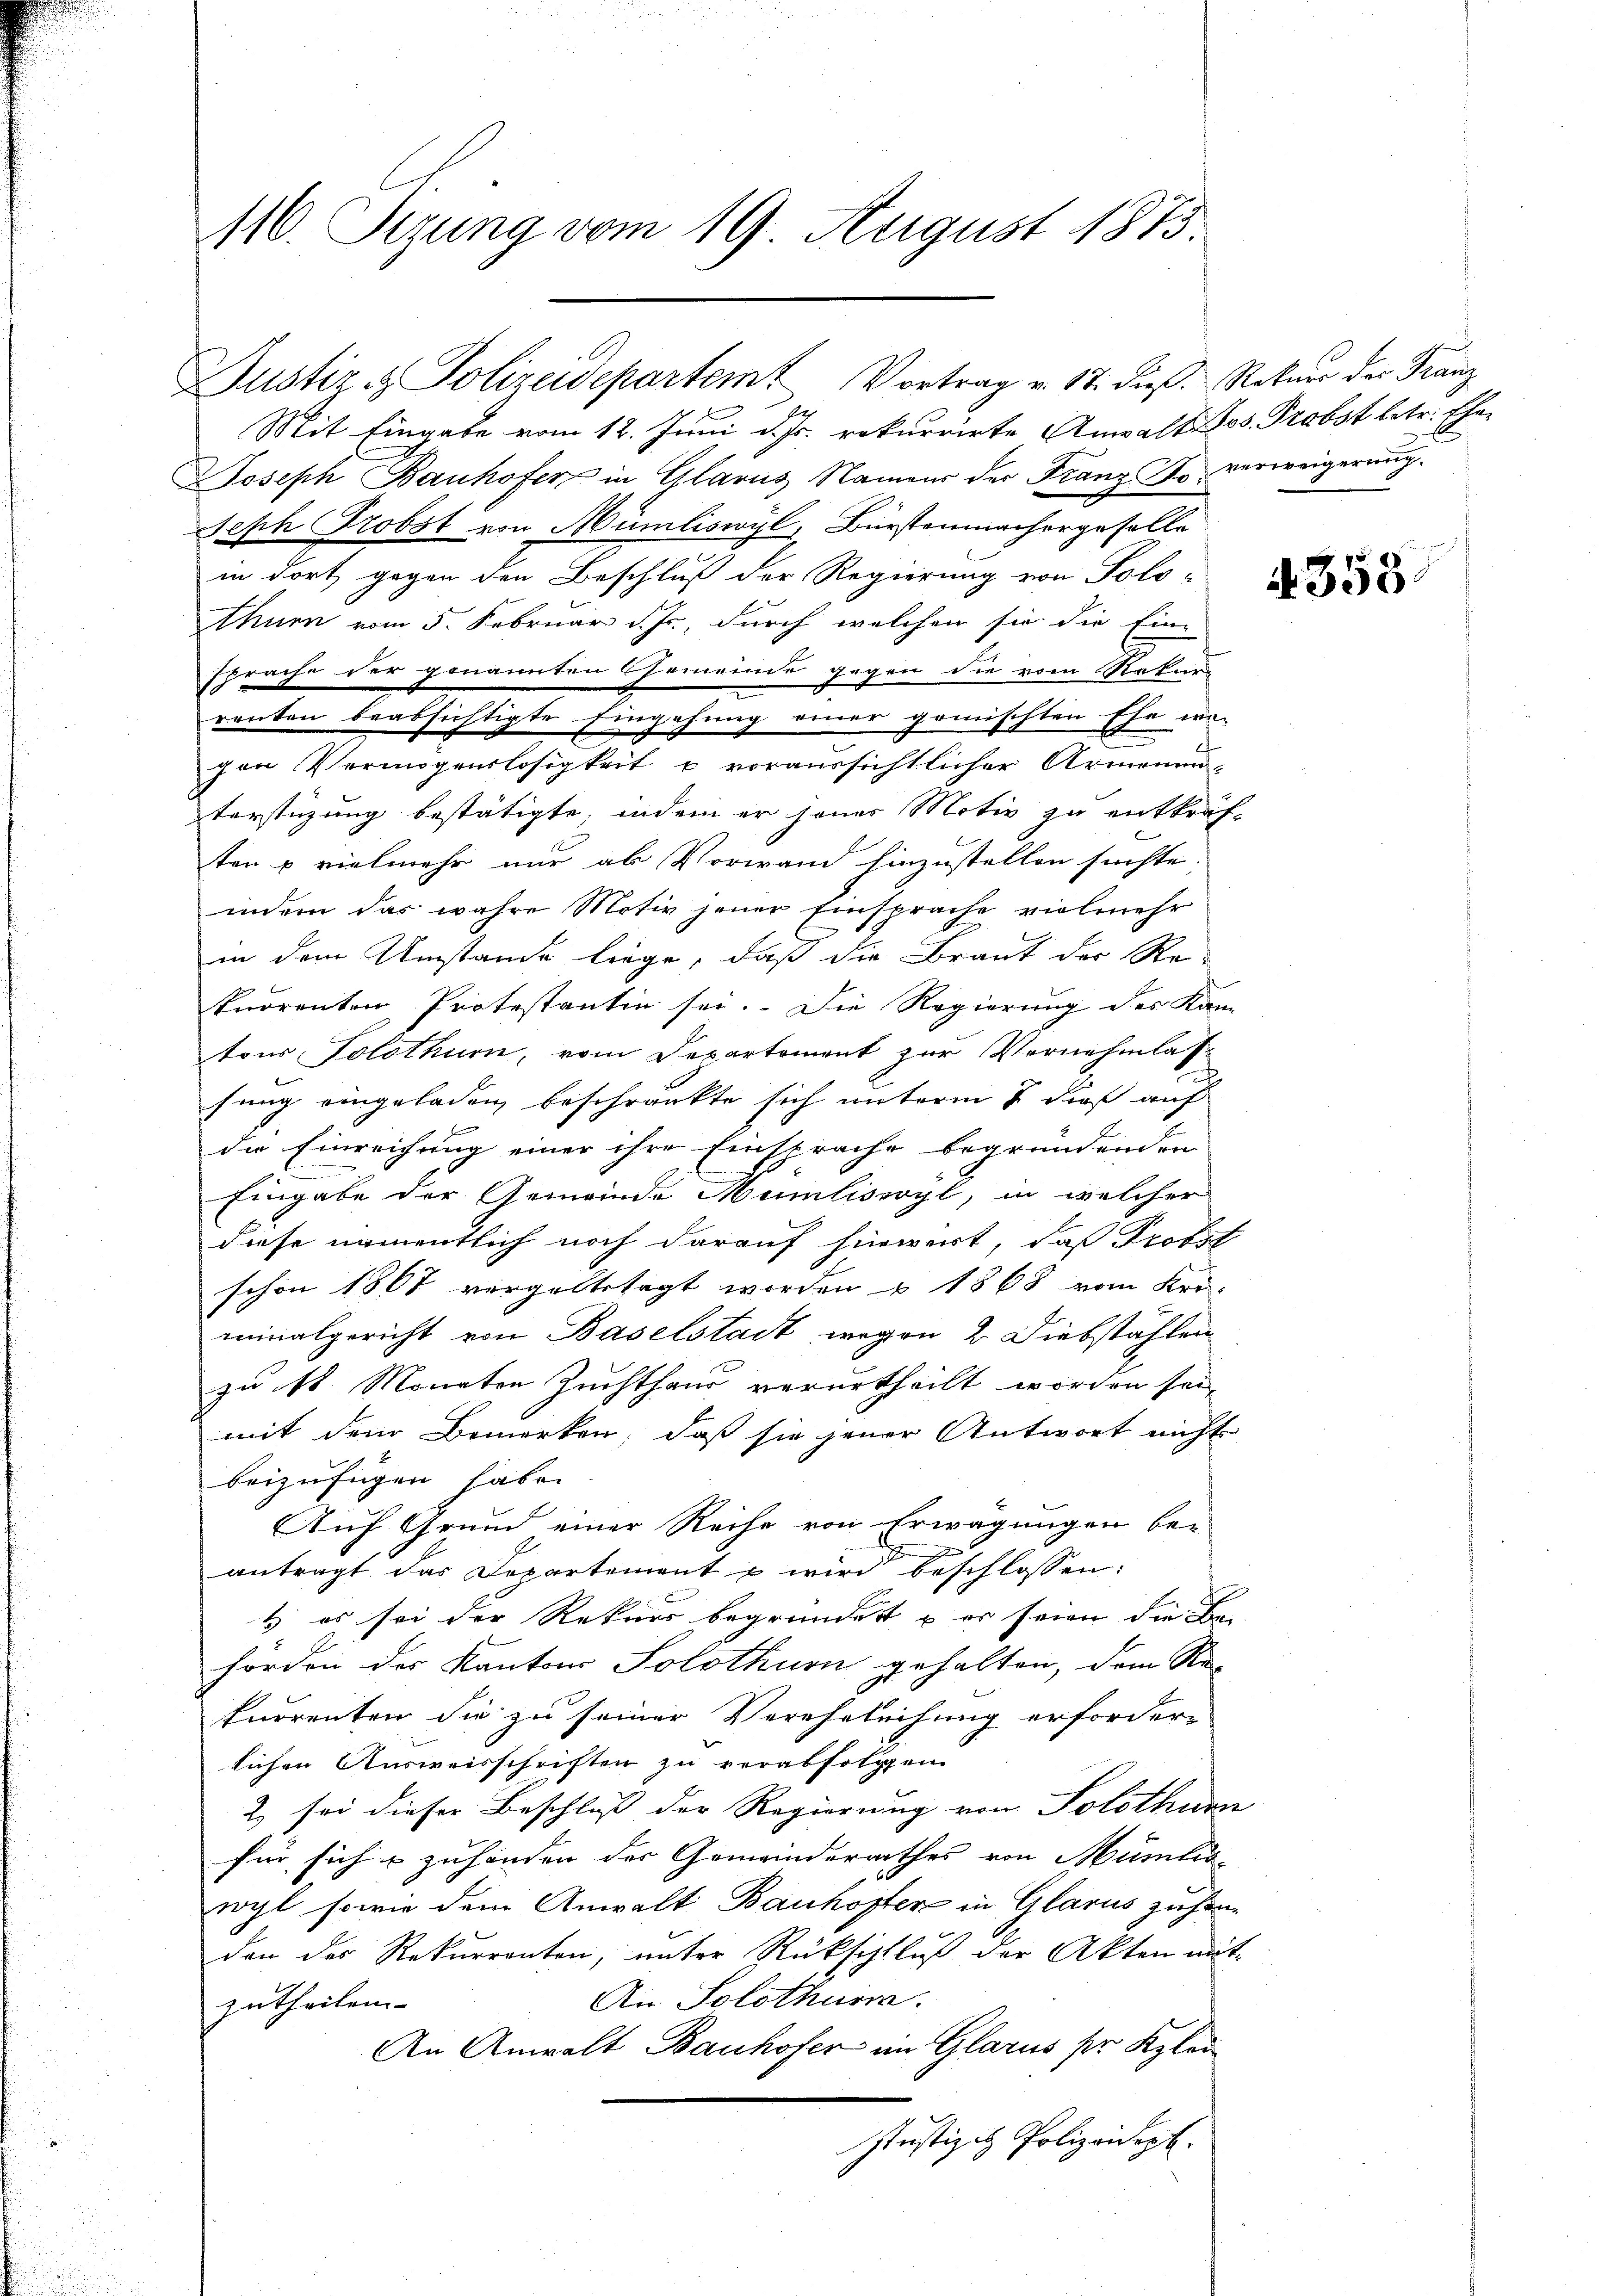
116. Sizung vom 19. August 1873.

Mit Eingabe vom 12. Juni d. Js. rekurrirte Anwalt Jos. Probst betr. Ehe¬
Joseph Bauhofer in Glarus Namens der Franz So verweigerung
Seph Probst von Mümliswyl, Bürstenmachergeselle
in dort gegen den Beschluß der Regierung von Tolo-
thurn vom 5. Februar d. Js., durch welchen sie die Ein-
sprache der genannten Gemeinde gegen die vom Rekurs
renten beabsichtigte Eingehung einer gemischten Ehe wi
gen Vermögenslosigkeit u voraussichtlicher Armenun
terstüzung bestätigte, indem er jener Motiv zu entkräf-
ten u vielmehr nur ab Vorwand hinzustellen suchte;
indem das wahre Motiv jener Einsprache vielmehr
in dem Umstände liege, daß die Braut der Re-
kurrenten Protestantin sei. Die Regierung des Kam-
tons Solothurn, vom Departement zur Vernehmlasfung eingeladen beschränkte sich unterm 7 dieß auf
die Einreichung einer ihre Einsprache begründenden
Eingabe der Gemeinde Mumliswyl, in welcher
diese namentlich noch darauf hinwert, daß Probst
schon 1867 vergeltstagt worden u. 1868 vom Uri-
minalgericht von Baselstadt wegen 2 Diebstählen
zu St. Monaten Zuchthaus verurtheilt worden sei,
mit dem Bemerken, daß sie jener Antwort nicht
beizufügen habe.
Auf Grund einer Reihe von Erwägungen beantragt das Departement u wird beschlossen:
& es sei der Rekurs begründet u. er seien die Be-
hörden des Kantons Solothurn gehalten, dem Re-
kurrenten die zu seiner Vereheleihung erforder-
lichen Ausweisschriften zu verabfolgen
2 sei dieser Beschluss der Regierung von Solothurn
für sich & zuhänden der Gemeinderathes von Mumliswyl sowie dem Anwalt Bauhofter in Glarus zu handen des Rekurrenten, unter Rücksichtluß der Akten mit-
An Solothurn.
zutheilen
An Anwalt Bauhofer im Glarus pr Klei
Justizit Polizeidept.

Justiz & Polizeidepartemt Vortrag v. 17. dieß. Rotuer der Franz

4355.